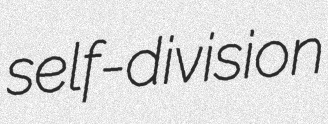
self-division